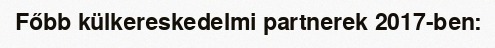
Főbb külkereskedelmi partnerek 2017-ben: